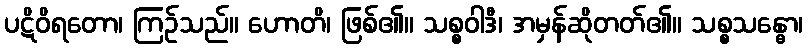
ပဋိဝိရတော၊ ကြဉ်သည်။ ဟောတိ၊ ဖြစ်၏။ သစ္စဝါဒီ၊ အမှန်ဆိုတတ်၏။ သစ္စသန္ဓော၊